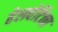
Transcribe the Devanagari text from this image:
हेलवेटिका